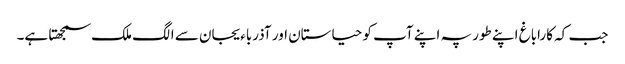
جب کہ کاراباغ اپنے طور پہ اپنے آپ کو حیاستان اور آذرباءیجان سے الگ ملک سمجھتا ہے۔